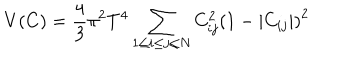
LaTeX: V ( C ) = { \frac { 4 } { 3 } } \pi ^ { 2 } T ^ { 4 } \sum _ { 1 \le i \le j \le N } C _ { i j } ^ { 2 } \left( 1 - \vert C _ { i j } \vert \right) ^ { 2 }